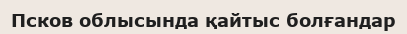
Псков облысында қайтыс болғандар